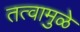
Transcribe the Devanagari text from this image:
तत्वामुळे